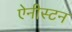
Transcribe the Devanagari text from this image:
ऐनीस्टन